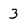
Character: 3